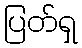
ပြတ်ရှ